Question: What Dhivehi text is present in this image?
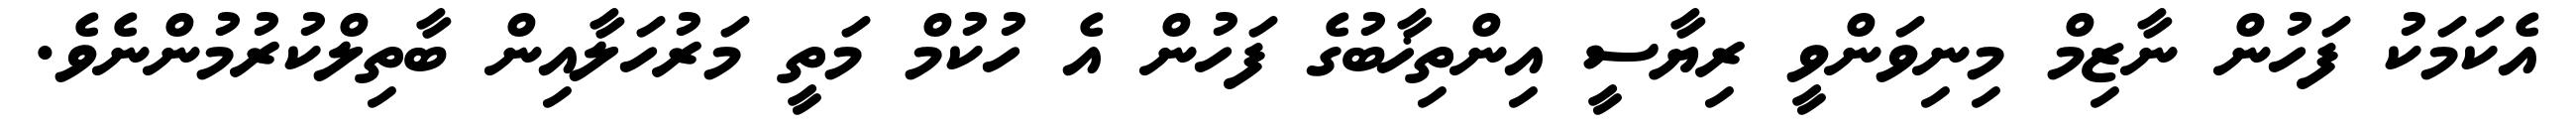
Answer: އެކަމަކު ފަހުން ނާޒިމް މިނިވަންވީ ރިޔާސީ އިންތިޚާބުގެ ފަހުން އެ ހުކުމް މަތީ މަރުހަލާއިން ބާތިލްކުރުމުންނެވެ.